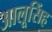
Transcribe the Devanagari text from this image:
आलूसिंह